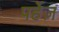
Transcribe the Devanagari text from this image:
पर्हेज़